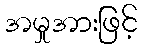
အမှုအားဖြင့်